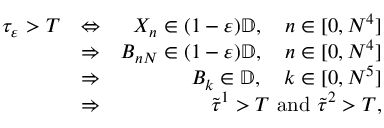
\begin{array} { r l r } { \tau _ { \varepsilon } > T } & { \Leftrightarrow } & { X _ { n } \in ( 1 - \varepsilon ) \mathbb { D } , \quad n \in [ 0 , N ^ { 4 } ] } \\ & { \Rightarrow } & { B _ { n N } \in ( 1 - \varepsilon ) \mathbb { D } , \quad n \in [ 0 , N ^ { 4 } ] } \\ & { \Rightarrow } & { B _ { k } \in \mathbb { D } , \quad k \in [ 0 , N ^ { 5 } ] } \\ & { \Rightarrow } & { \tilde { \tau } ^ { 1 } > T \mathrm { ~ a n d ~ } \tilde { \tau } ^ { 2 } > T , } \end{array}